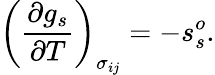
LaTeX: \left(\frac{\partial g_{s}}{\partial T}\right)_{\sigma_{ij}}=-s_{s}^{o}.